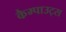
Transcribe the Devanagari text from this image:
कैम्पाउट्स